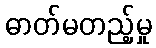
ဓာတ်မတည့်မှု